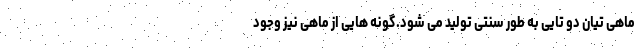
ماهی تیان دو تایی به طور سنتی تولید می شود.گونه هایی از ماهی نیز وجود